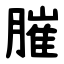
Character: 膗